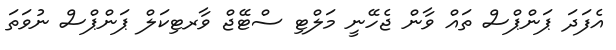
އެފަދަ ޕަންޕްސް ތައް ވާން ޖެހޭނީ މަލްޓި ސްޓޭޖް ވާރޓިކަލް ޕަންޕްސް ނުވަތަ